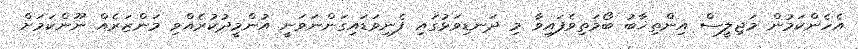
އެހެންކަމުން މަޖިލީސް އިންތިޚާބު ބޯމަތިވެފައިވާ މި ދަނޑިވަޅުގައި ފެނިވަޑައިގަންނަވަނީ އުންމީދުކުރެއްވި މަންޒަރެއް ނޫންކަމަށް